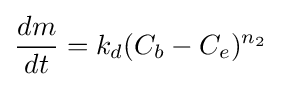
{\frac {dm}{dt}}=k_{d}(C_{b}-C_{e})^{n_{2}}